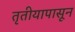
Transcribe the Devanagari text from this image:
तृतीयापासून